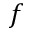
f